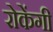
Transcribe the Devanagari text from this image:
रोकेंगी